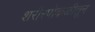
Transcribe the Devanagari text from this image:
शरीरपोकळीतून